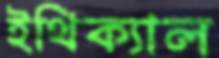
ইথিক্যাল